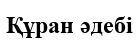
Құран әдебі